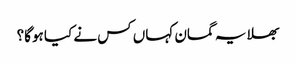
بھلا یہ گمان کہاں کس نے کیا ہوگا؟